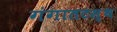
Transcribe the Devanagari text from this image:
गंगातटस्थ